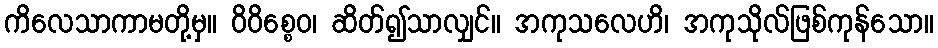
ကိလေသာကာမတို့မှ။ ဝိဝိစ္စေဝ၊ ဆိတ်၍သာလျှင်။ အကုသလေဟိ၊ အကုသိုလ်ဖြစ်ကုန်သော။